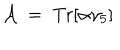
{ \cal A } \; = \; \mathrm { T r } [ \alpha \gamma _ { 5 } ]